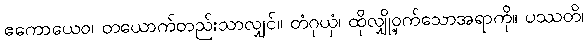
ဧကောယေဝ၊ တယောက်တည်းသာလျှင်။ တံဂုယှံ၊ ထိုလျှို့ဝှက်သောအရာကို။ ပဿတိ၊